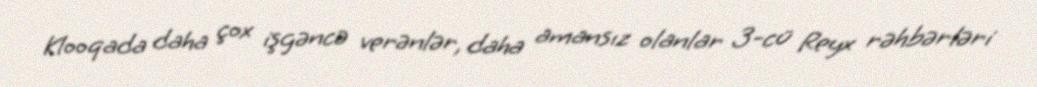
Klooqada daha çox işgəncə verənlər, daha amansız olanlar 3-cü Reyx rəhbərləri